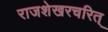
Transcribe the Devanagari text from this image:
राजशेखरचरित्